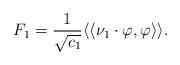
LaTeX: \begin{align*}F_1= \frac{1}{\sqrt{c_1}}\langle\langle \nu_1 \cdot \varphi , \varphi \rangle\rangle.\end{align*}